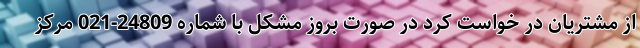
از مشتریان در خواست کرد در صورت بروز مشکل با شماره 24809-021 مرکز